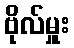
ဗိုလ်မှူး